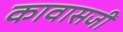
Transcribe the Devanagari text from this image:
कावासजी